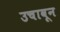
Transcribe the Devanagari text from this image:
उचावून